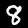
Digit: 8